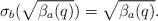
LaTeX: \begin{align*}\sigma_b(\sqrt{\beta_a(q)}) = \sqrt{\beta_a(q)}.\end{align*}